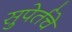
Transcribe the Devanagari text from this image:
सुपेर्तचे